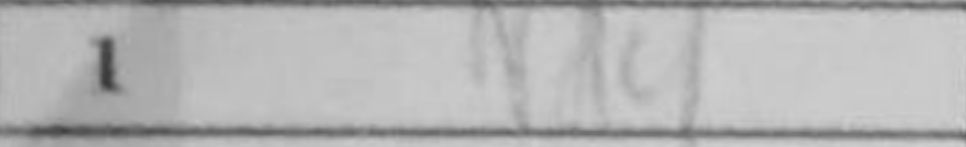
Transcription: Nd4